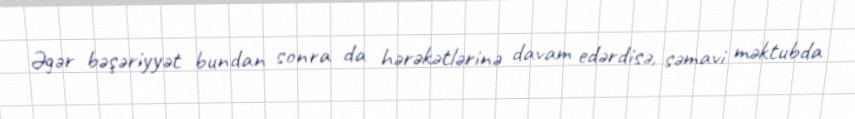
Əgər bəşəriyyət bundan sonra da hərəkətlərinə davam edərdisə, səmavi məktubda